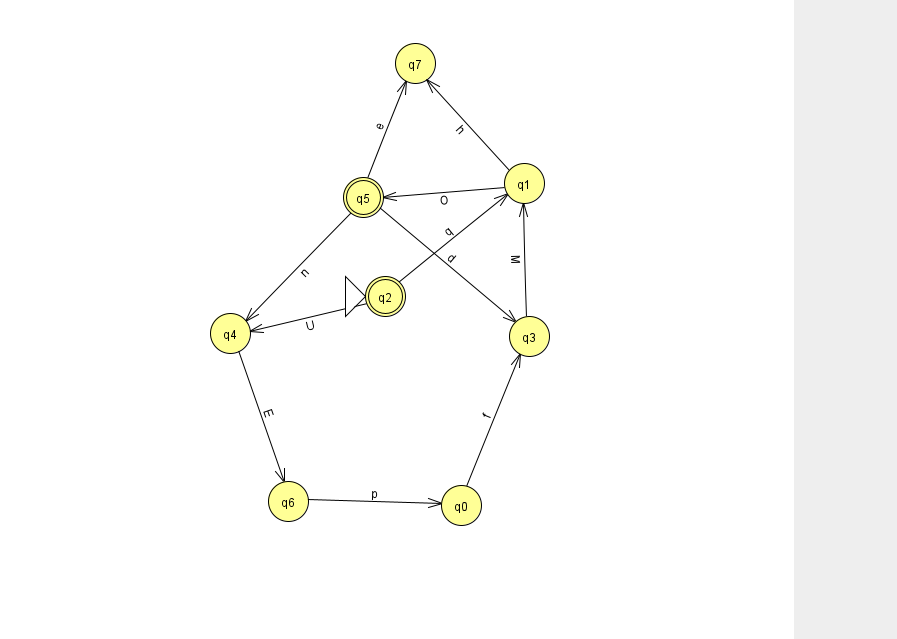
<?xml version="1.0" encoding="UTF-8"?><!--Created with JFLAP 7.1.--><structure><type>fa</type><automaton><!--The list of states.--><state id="0" name="q0"><x>461.0</x><y>492.0</y></state><state id="1" name="q1"><x>524.0</x><y>170.0</y></state><state id="2" name="q2"><x>385.0</x><y>283.0</y><initial/><final/></state><state id="3" name="q3"><x>529.0</x><y>323.0</y></state><state id="4" name="q4"><x>230.0</x><y>320.0</y></state><state id="5" name="q5"><x>363.0</x><y>184.0</y><final/></state><state id="6" name="q6"><x>288.0</x><y>488.0</y></state><state id="7" name="q7"><x>415.0</x><y>50.0</y></state><!--The list of transitions.--><transition><from>1</from><to>5</to><read>O</read></transition><transition><from>2</from><to>1</to><read>q</read></transition><transition><from>0</from><to>3</to><read>f</read></transition><transition><from>4</from><to>6</to><read>E</read></transition><transition><from>3</from><to>1</to><read>M</read></transition><transition><from>6</from><to>0</to><read>p</read></transition><transition><from>5</from><to>3</to><read>d</read></transition><transition><from>5</from><to>7</to><read>e</read></transition><transition><from>2</from><to>4</to><read>U</read></transition><transition><from>1</from><to>7</to><read>h</read></transition><transition><from>5</from><to>4</to><read>n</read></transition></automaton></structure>